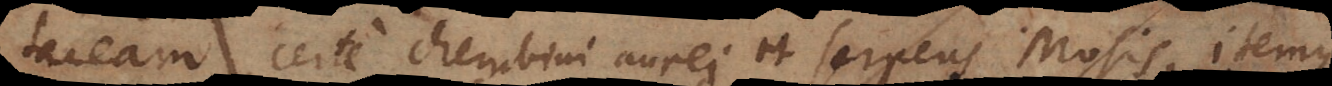
taceam, certe cherubini aurei, et serpens Mosis, item